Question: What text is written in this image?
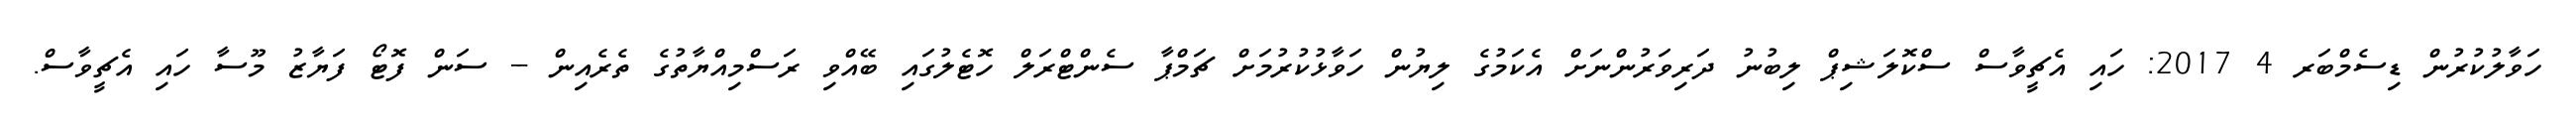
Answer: ހަވާލުކުރުން ޑިސެމްބަރ 4 2017: ހައި އެޗީވާސް ސްކޮލަޝިޕް ލިބުނު ދަރިވަރުންނަށް އެކަމުގެ ލިޔުން ހަވާޅުކުރުމަށް ޗަމްޕާ ސެންޓްރަލް ހޮޓެލުގައި ބޭއްވި ރަސްމިއްޔާތުގެ ތެރެއިން -- ސަން ފޮޓޯ ފަޔާޒު މޫސާ ހައި އެޗީވާސް.